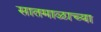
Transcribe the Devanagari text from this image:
सातमाळाच्या